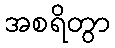
အစရိတွာ